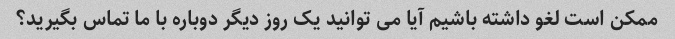
ممکن است لغو داشته باشیم آیا می توانید یک روز دیگر دوباره با ما تماس بگیرید؟